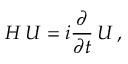
H \, { \cal U } = i { \frac { \partial } { \partial t } } \, { \cal U } \, ,